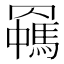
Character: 𦌯